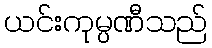
ယင်းကုမ္ပဏီသည်